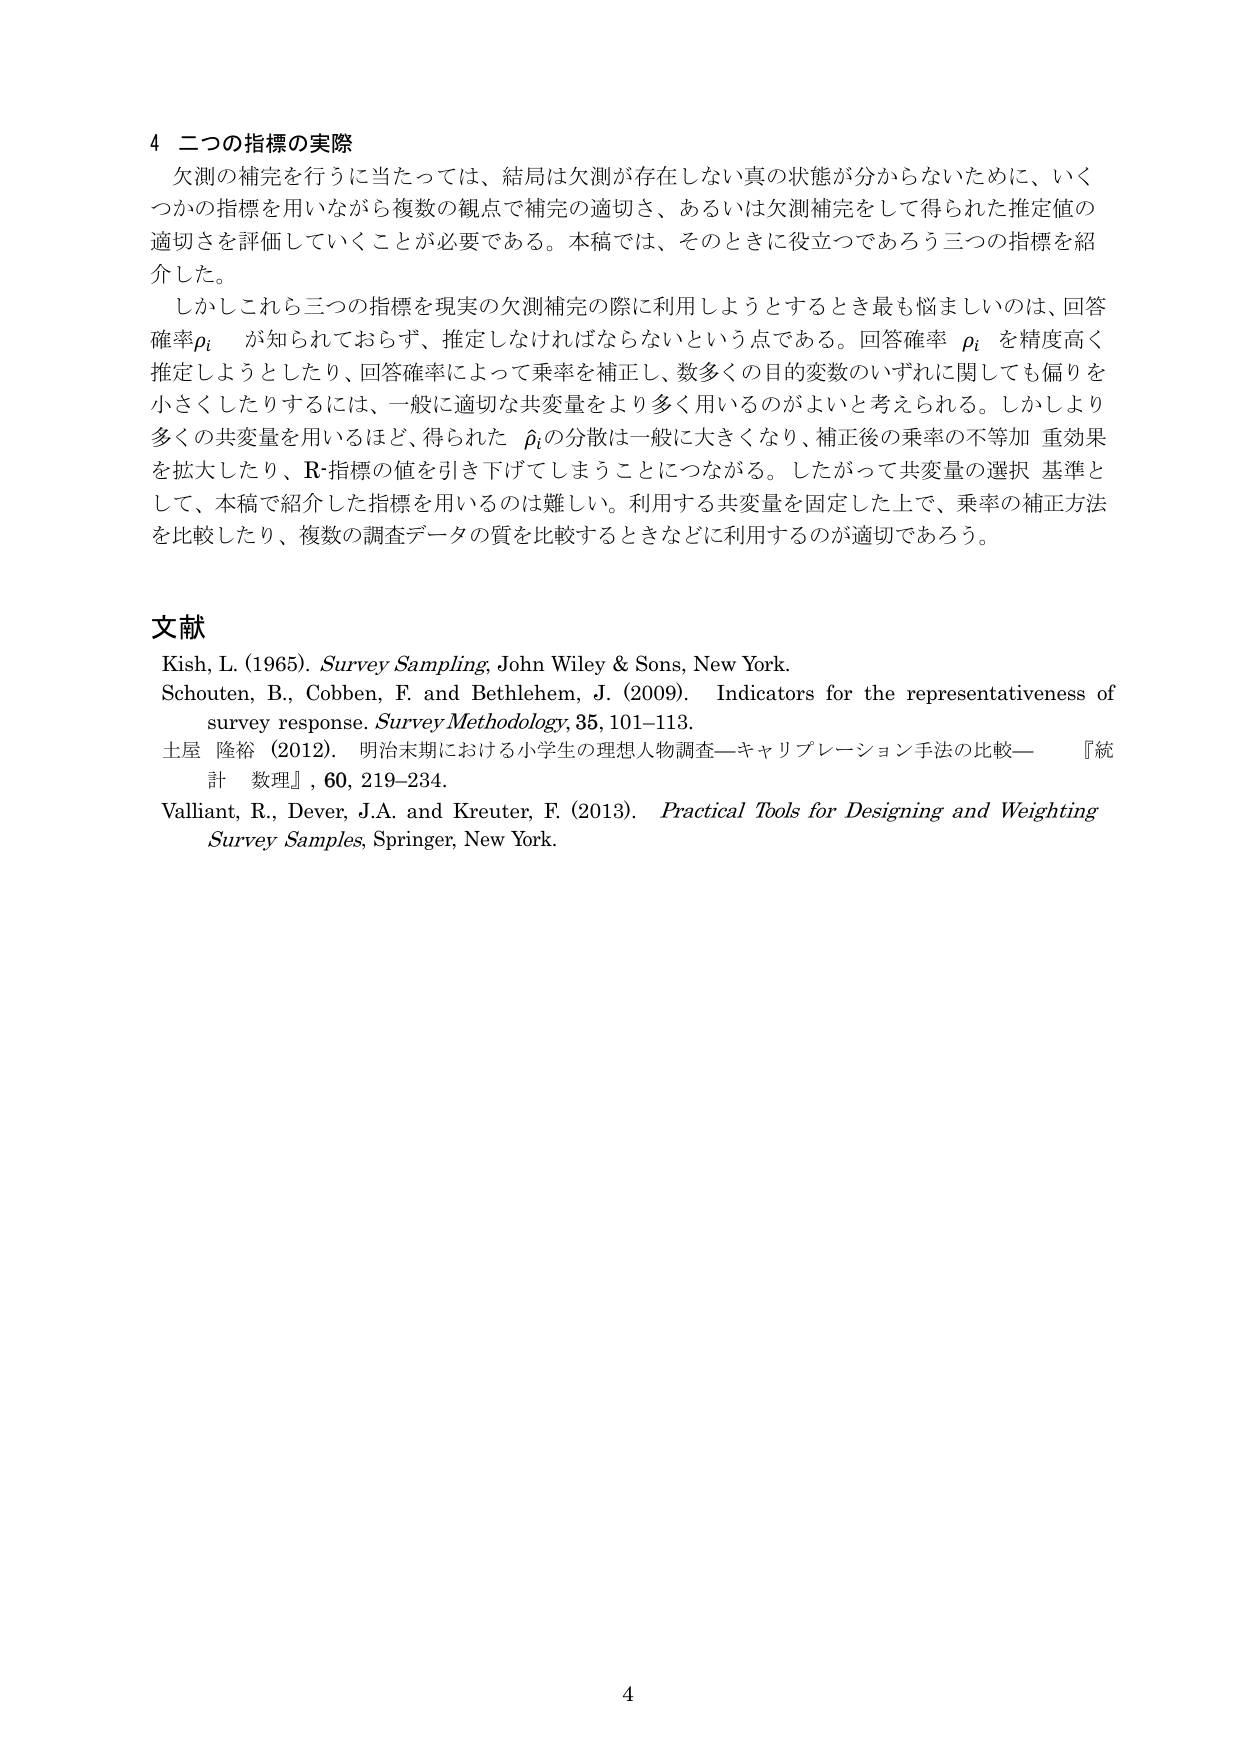
4 二つの指標の実際
欠測の補完を行うに当たっては、結局は欠測が存在しない真の状態が分からないために、いくつかの指標を用いながら複数の観点で補完の適切さ、あるいは欠測補完をして得られた推定値の適切さを評価していくことが必要である。本稿では、そのときに役立つであろう三つの指標を紹介した。
しかしこれら三つの指標を現実の欠測補完の際に利用しようとするとき最も悩ましいのは、回答確率 \( p_i \) が知られておらず、推定しなければならないという点である。回答確率 \( p_i \) を精度高く推定しようとしたり、回答確率によって乗率を補正し、数多くの目的変数のいずれに関しても偏りを小さくしたりするには、一般に適切な共変量をより多く用いるのがよいと考えられる。しかしより多くの共変量を用いるほど、得られた \( \hat{p}_i \) の分散は一般に大きくなり、補正後の乗率の不等加重効果を拡大したり、R-指標の値を引き下げてしまうことにつながる。したがって共変量の選択基準として、本稿で紹介した指標を用いるのは難しい。利用する共変量を固定した上で、乗率の補正方法を比較したり、複数の調査データの質を比較するときなどに利用するのが適切であろう。

文献
Kish, L. (1965). *Survey Sampling*, John Wiley & Sons, New York.
Schouten, B., Cobben, F. and Bethlehem, J. (2009). Indicators for the representativeness of survey response. *Survey Methodology*, 35, 101–113.
土屋 隆裕 (2012). 明治末期における小学生の理想人物調査—キャリブレーション手法の比較— 『統計数理』, 60, 219–234.
Valliant, R., Dever, J.A. and Kreuter, F. (2013). *Practical Tools for Designing and Weighting Survey Samples*, Springer, New York.

4